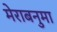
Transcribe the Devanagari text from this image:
मेराबनुमा